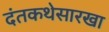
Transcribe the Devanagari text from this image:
दंतकथेसारखा